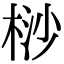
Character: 桫